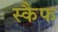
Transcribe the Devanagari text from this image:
स्कैफ